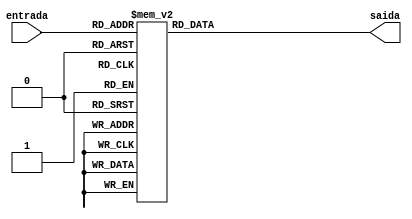
module decodificadorCase (entrada, saida);
    input [0:4] entrada;
    output reg [0:6] saida;

    always @* begin
        case(entrada)
            5'b00000: saida = 7'b1011011;
            5'b00001: saida = 7'b1111011;
            5'b00010: saida = 7'b1010100;
            5'b00011: saida = 7'b1001110;
            5'b00100: saida = 7'b0101010;
            5'b00101: saida = 7'b1111111;
            5'b00110: saida = 7'b1101101;
            5'b00111: saida = 7'b0011111;
            5'b01000: saida = 7'b1000111;
            5'b01001: saida = 7'b1100111;
            5'b01010: saida = 7'b1011011;
            5'b01011: saida = 7'b0110111;
            5'b01100: saida = 7'b0110111;
            5'b01101: saida = 7'b1111011;
            5'b01110: saida = 7'b1011111;
            5'b01111: saida = 7'b0011100;
            5'b10000: saida = 7'b0010101;
            5'b10001: saida = 7'b1110011;
            5'b10010: saida = 7'b1110000;
            5'b10011: saida = 7'b1111110;
            default: saida =  7'b0000000;
        endcase
    end
endmodule